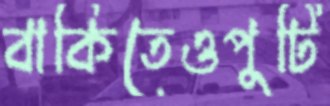
বাকিতেওপুটি